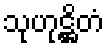
သုဟုဋ္ဌိတံ